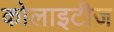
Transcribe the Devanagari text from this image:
कोलाइटीज